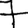
Digit: 7